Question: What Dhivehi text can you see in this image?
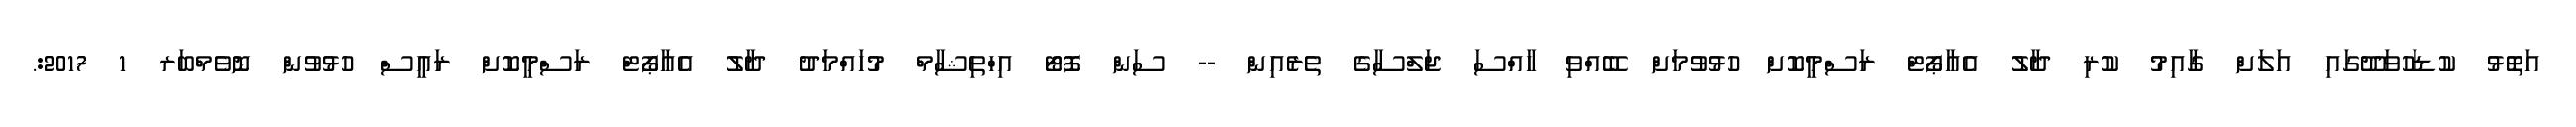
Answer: އަތޮޅު ކުޑަހުވަދޫގައި އަލަށް ގާއިމު ކުރި ދާލު އެއާޕޯޓް ރަސްމީކޮށް ހުޅުވުމަށް ބޭއްވި ހާއްސަ ޖަލްސާގެ ތެރެއިން -- ސަން ފޮޓޯ އިހްތިޝާމް މުހައްމަދު ދާލު އެއާޕޯޓް ރަސްމީކޮށް ރައީސް ހުޅުވުން ނޮވެމްބަރ 1 2017:.